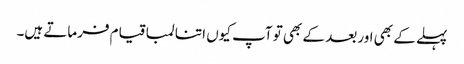
پہلے کے بھی اور بعد کے بھی تو آپ کیوں اتنا لمبا قیام فرماتے ہیں۔